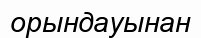
орындауынан